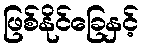
ဖြစ်နိုင်ခြေနှင့်